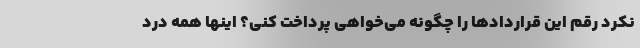
نکرد رقم این قراردادها را چگونه می‌خواهی پرداخت کنی؟ اینها همه درد